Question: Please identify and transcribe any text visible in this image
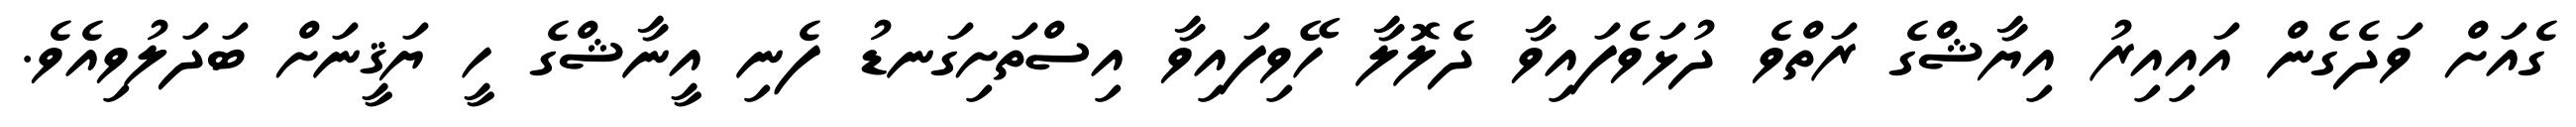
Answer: ގެއަށް ވަދެގެން އައިއިރު އިޔާޝްގެ ރަތްވެ ދުޅަވެފައިވާ ދެލޮލާ ހޭވިފައިވާ އިސްތަށިގަނޑު ފެނި އީނާޝްގެ ހީ ޔަޤީނަށް ބަދަލުވިއެވެ.